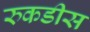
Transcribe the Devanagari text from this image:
रुकडीस